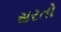
સરતો